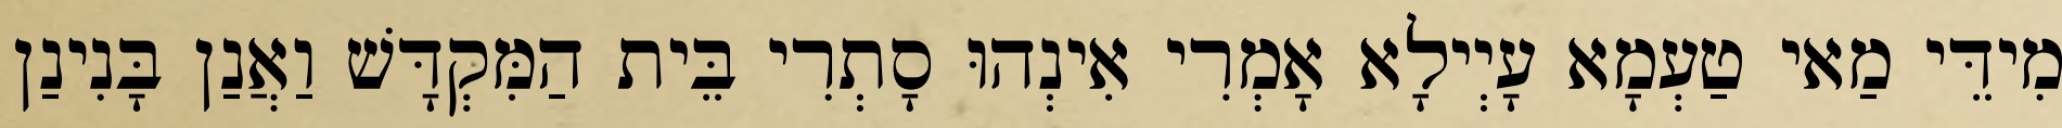
מִידֵּי מַאי טַעְמָא עָיְילָא אָמְרִי אִינְהוּ סָתְרִי בֵּית הַמִּקְדָּשׁ וַאֲנַן בָּנִינַן